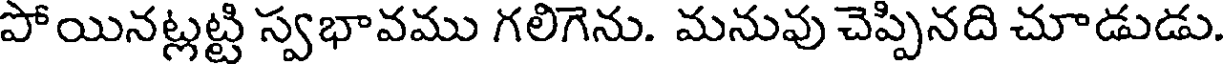
పోయినట్లట్టి స్వభావము గలిగెను. మనువు చెప్పినది చూడుడు.